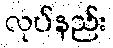
လုပ်နည်း